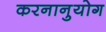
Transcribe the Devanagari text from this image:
करनानुयोग